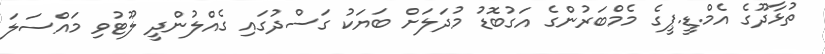
ތުޅާދޫގެ އެމް.ޑީ.ޕީގެ މެމްބަރުންގެ އަގުބޮޑު މުދަލަށް ބަޔަކު ގަސްދުގައި ގެއްލުންދީ ލޫޓުވި މައްސަލަ